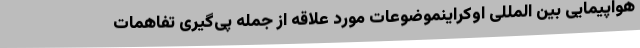
هواپیمایی بین المللی اوکراینموضوعات مورد علاقه از جمله پی‌گیری تفاهمات